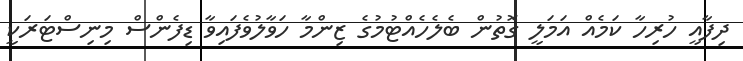
ދިފާއީ ހުރިހާ ކަމެއް އަމަލީ ގޮތުން ބެލެހެއްޓުމުގެ ޒިންމާ ހަވާލުވެފައިވާ ޑިފެންސް މިނިސްޓަރަކީ